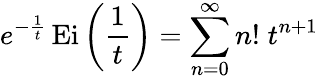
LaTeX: e^{-{\frac{1}{t}}}\operatorname{Ei}\left({\frac{1}{t}}\right)=\sum_{n=0}^{\infty}n!\; t^{n+1}